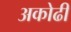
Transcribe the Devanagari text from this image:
अकोढी